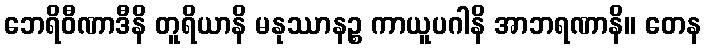
ဘေရိဝီဏာဒီနိ တူရိယာနိ မနုဿာနဉ္စ ကာယူပဂါနိ အာဘရဏာနိ။ တေန